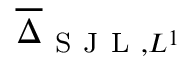
\overline { { \Delta } } _ { \mathrm { ~ S ~ J ~ L ~ } , L ^ { 1 } }